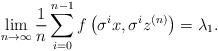
LaTeX: \begin{align*}\lim_{n \to \infty} \frac{1}{n}\sum_{i=0}^{n-1} f\left(\sigma^ix,\sigma^iz^{(n)}\right) =\lambda_1.\end{align*}